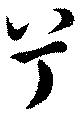
兮